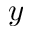
y